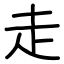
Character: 走